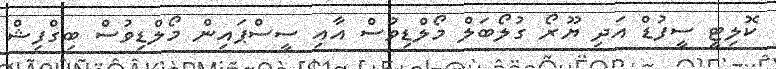
ކޮލިޓީ ސީފުޑް އަދި ޔޫރޯ ގުލޯބަލް މޯލްޑިވުސް އާއި ސީސްޕައިން މޯލްޑިވުސް ބިގްފިޝް